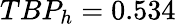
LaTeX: TBP_{h}=0.534